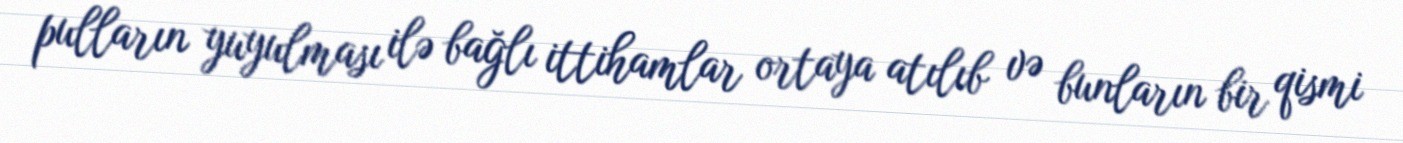
pulların yuyulması ilə bağlı ittihamlar ortaya atılıb və bunların bir qismi